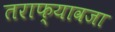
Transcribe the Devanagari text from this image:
तराफ्यावजा